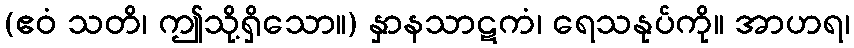
(ဧဝံ သတိ၊ ဤသို့ရှိသော။) နှာနသာဋကံ၊ ရေသနုပ်ကို။ အာဟရ၊